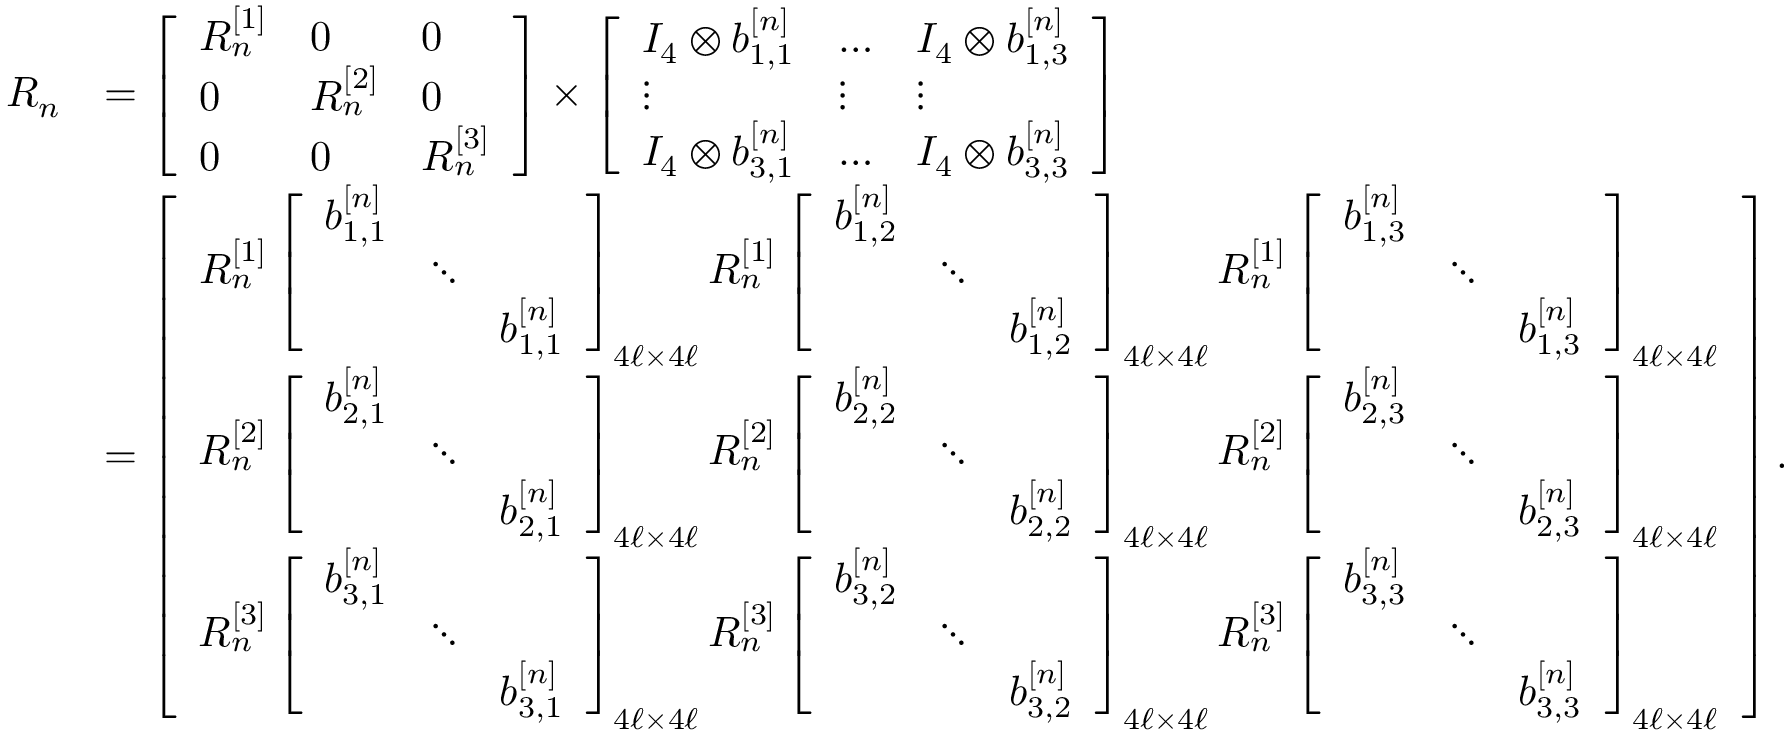
\begin{array} { r l } { R _ { n } } & { = \left[ \begin{array} { l l l } { R _ { n } ^ { [ 1 ] } } & { 0 } & { 0 } \\ { 0 } & { R _ { n } ^ { [ 2 ] } } & { 0 } \\ { 0 } & { 0 } & { R _ { n } ^ { [ 3 ] } } \end{array} \right] \times \left[ \begin{array} { l l l } { I _ { 4 } \otimes b _ { 1 , 1 } ^ { [ n ] } } & { \dotsc } & { I _ { 4 } \otimes b _ { 1 , 3 } ^ { [ n ] } } \\ { \vdots } & { \vdots } & { \vdots } \\ { I _ { 4 } \otimes b _ { 3 , 1 } ^ { [ n ] } } & { \dotsc } & { I _ { 4 } \otimes b _ { 3 , 3 } ^ { [ n ] } } \end{array} \right] } \\ & { = \left[ \begin{array} { l } { R _ { n } ^ { [ 1 ] } \left[ \begin{array} { l l l } { b _ { 1 , 1 } ^ { [ n ] } } & & \\ & { \ddots } & \\ & & { b _ { 1 , 1 } ^ { [ n ] } } \end{array} \right] _ { 4 \ell \times 4 \ell } R _ { n } ^ { [ 1 ] } \left[ \begin{array} { l l l } { b _ { 1 , 2 } ^ { [ n ] } } & & \\ & { \ddots } & \\ & & { b _ { 1 , 2 } ^ { [ n ] } } \end{array} \right] _ { 4 \ell \times 4 \ell } R _ { n } ^ { [ 1 ] } \left[ \begin{array} { l l l } { b _ { 1 , 3 } ^ { [ n ] } } & & \\ & { \ddots } & \\ & & { b _ { 1 , 3 } ^ { [ n ] } } \end{array} \right] _ { 4 \ell \times 4 \ell } } \\ { R _ { n } ^ { [ 2 ] } \left[ \begin{array} { l l l } { b _ { 2 , 1 } ^ { [ n ] } } & & \\ & { \ddots } & \\ & & { b _ { 2 , 1 } ^ { [ n ] } } \end{array} \right] _ { 4 \ell \times 4 \ell } R _ { n } ^ { [ 2 ] } \left[ \begin{array} { l l l } { b _ { 2 , 2 } ^ { [ n ] } } & & \\ & { \ddots } & \\ & & { b _ { 2 , 2 } ^ { [ n ] } } \end{array} \right] _ { 4 \ell \times 4 \ell } R _ { n } ^ { [ 2 ] } \left[ \begin{array} { l l l } { b _ { 2 , 3 } ^ { [ n ] } } & & \\ & { \ddots } & \\ & & { b _ { 2 , 3 } ^ { [ n ] } } \end{array} \right] _ { 4 \ell \times 4 \ell } } \\ { R _ { n } ^ { [ 3 ] } \left[ \begin{array} { l l l } { b _ { 3 , 1 } ^ { [ n ] } } & & \\ & { \ddots } & \\ & & { b _ { 3 , 1 } ^ { [ n ] } } \end{array} \right] _ { 4 \ell \times 4 \ell } R _ { n } ^ { [ 3 ] } \left[ \begin{array} { l l l } { b _ { 3 , 2 } ^ { [ n ] } } & & \\ & { \ddots } & \\ & & { b _ { 3 , 2 } ^ { [ n ] } } \end{array} \right] _ { 4 \ell \times 4 \ell } R _ { n } ^ { [ 3 ] } \left[ \begin{array} { l l l } { b _ { 3 , 3 } ^ { [ n ] } } & & \\ & { \ddots } & \\ & & { b _ { 3 , 3 } ^ { [ n ] } } \end{array} \right] _ { 4 \ell \times 4 \ell } } \end{array} \right] . } \end{array}